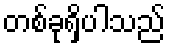
တစ်ခုရှိပါသည်